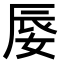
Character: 𡝌